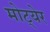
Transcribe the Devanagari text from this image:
मोट्येर